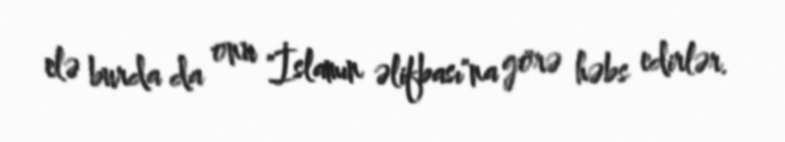
elə burda da onu "İslamın əlifbası"na görə həbs edirlər.